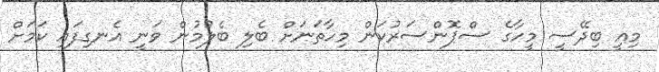
މިއީ ބިދޭސީ މީހާގެ ސްޕޮންސަރުކަން މިހާތަނަށް ބެލި ބެލުމުން ވަނީ އެނގިފައި ކަމަށް